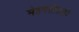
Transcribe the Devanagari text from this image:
मेहनतीसाठी